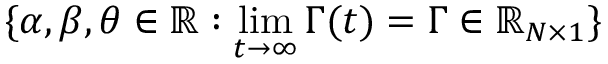
\{ \alpha , \beta , \theta \in \mathbb { R } : \operatorname* { l i m } _ { t \to \infty } \boldsymbol { \Gamma } ( t ) = \boldsymbol { \Gamma } \in \mathbb { R } _ { N \times 1 } \}